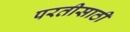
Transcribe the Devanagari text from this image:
परतीसाठी